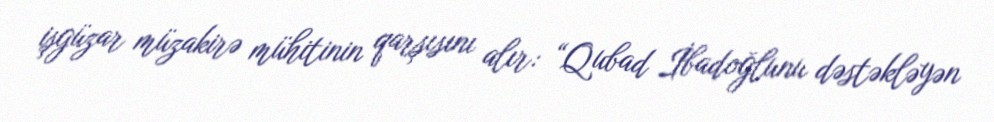
işgüzar müzakirə mühitinin qarşısını alır: “Qubad İbadoğlunu dəstəkləyən